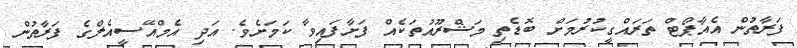
ފަރާތުން އެއާޕޯޓް ތަރައްގީކުރުމަށް ބޮޑެތި މަޝްރޫއުތަކެއް ފަށާފައިވާ ކަމަށެވެ. އަދި އެމްއޭސީއެލްގެ ފަރާތުން